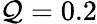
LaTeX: \mathcal{Q}=0.2